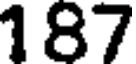
187